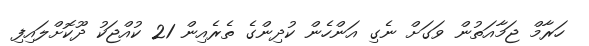
ހަރާމް ޖަމާއަތުން ވަގަށް ނެގި އަންހެން ކުދިންގެ ތެރެއިން 21 ކުއްޖަކު ދޫކޮށްލައިފި